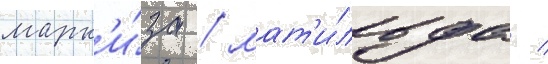
марк'и́за / мат'и́льда /